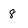
Character: 8